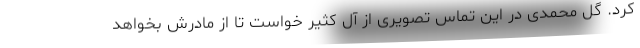
کرد. گل محمدی در این تماس تصویری از آل کثیر خواست تا از مادرش بخواهد